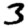
Digit: 3